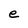
Character: e